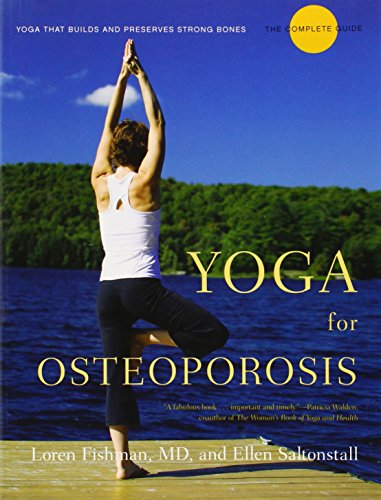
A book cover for Yoga for Osteoporosis: The Complete Guide; Loren Fishman; Health, Fitness & Dieting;